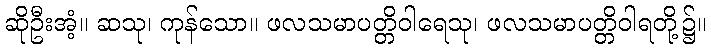
ဆိုဦးအံ့။ ဆသု၊ ကုန်သော။ ဖလသမာပတ္တိဝါရေသု၊ ဖလသမာပတ္တိဝါရတို့၌။